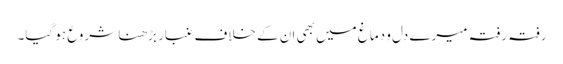
رفتہ رفتہ میرے دل و دماغ میں بھی ان کے خلاف غبار بڑھنا شروع ہو گیا۔